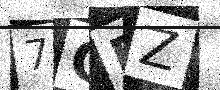
Text: 7GEZ